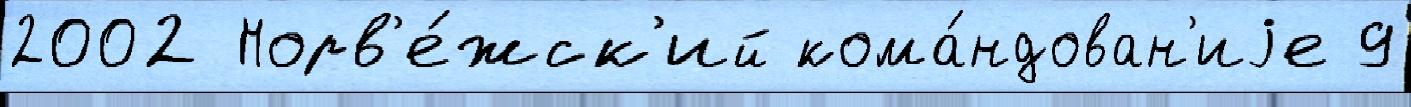
2002 Норв'е́жск'ий кома́ндован'иjе 9